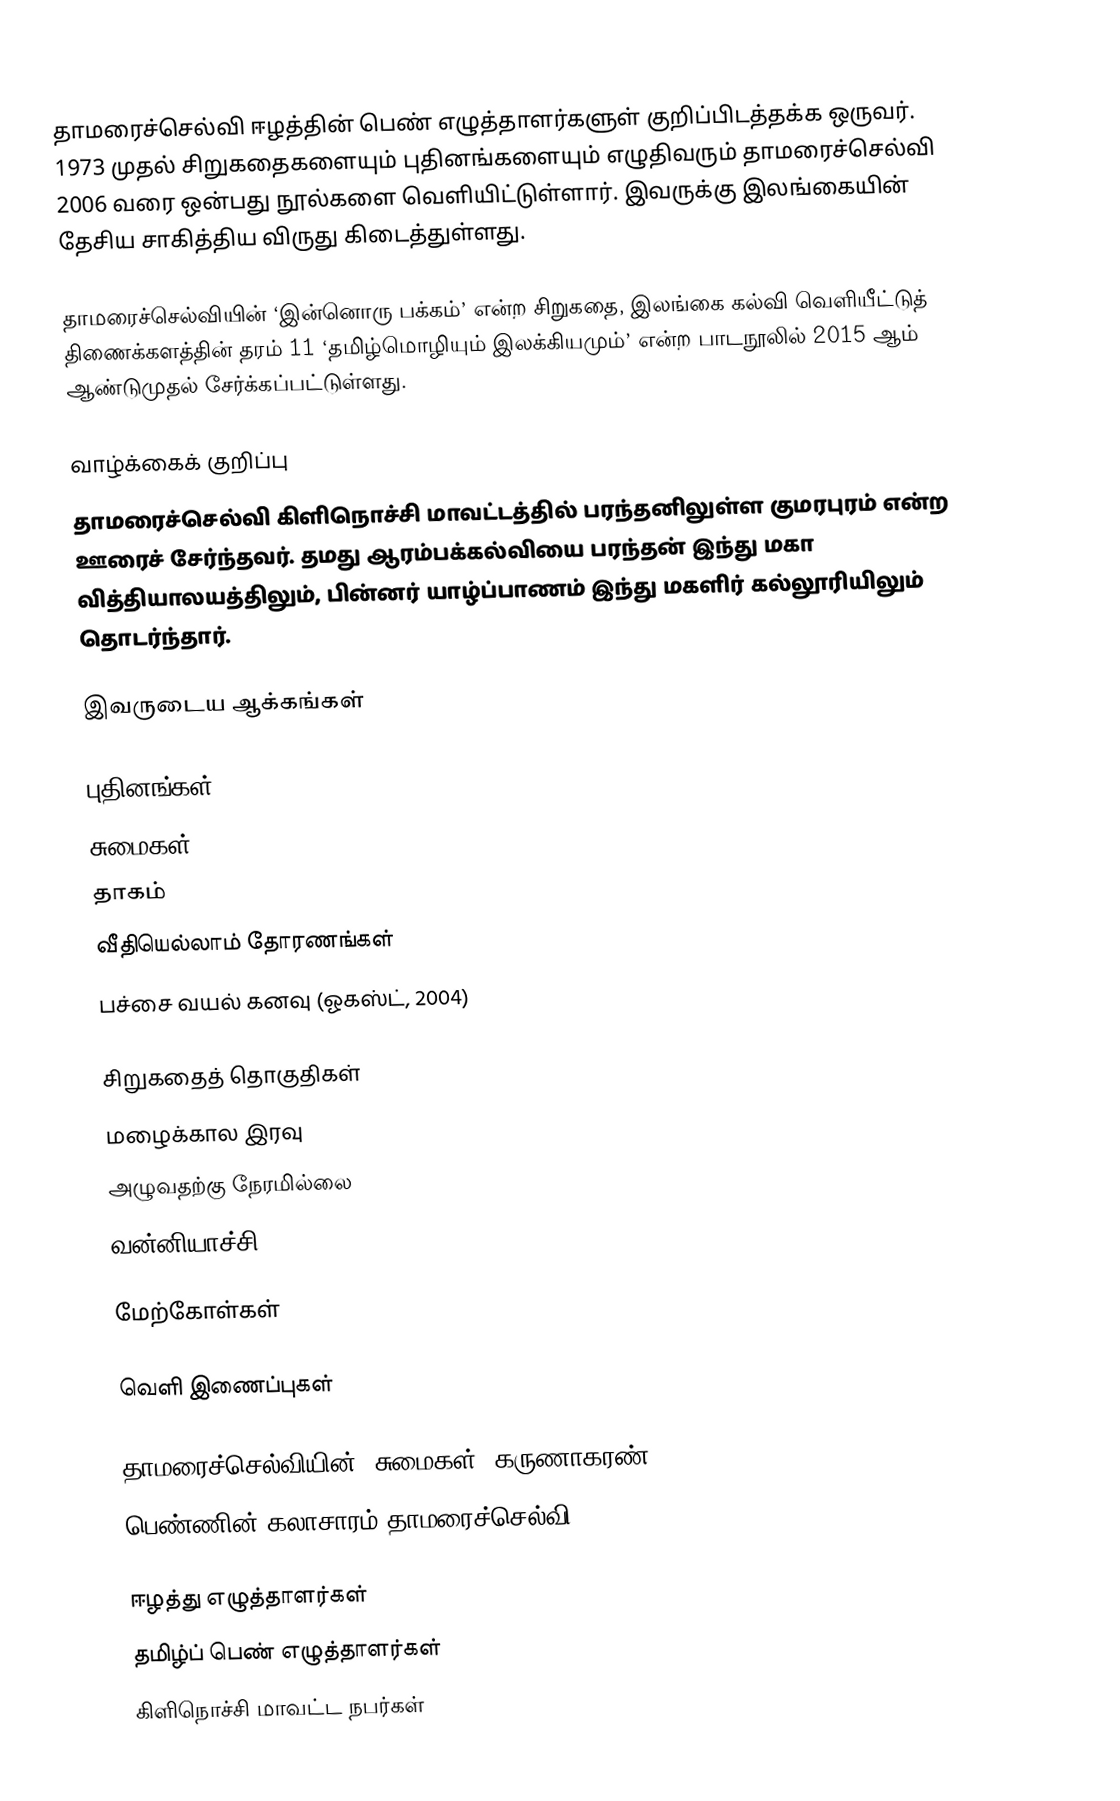
தாமரைச்செல்வி ஈழத்தின் பெண் எழுத்தாளர்களுள் குறிப்பிடத்தக்க ஒருவர். 1973 முதல் சிறுகதைகளையும் புதினங்களையும் எழுதிவரும் தாமரைச்செல்வி 2006 வரை ஒன்பது நூல்களை வெளியிட்டுள்ளார். இவருக்கு இலங்கையின் தேசிய சாகித்திய விருது கிடைத்துள்ளது.

தாமரைச்செல்வியின் ‘இன்னொரு பக்கம்’ என்ற சிறுகதை, இலங்கை கல்வி வெளியீட்டுத் திணைக்களத்தின் தரம் 11 ‘தமிழ்மொழியும் இலக்கியமும்’ என்ற பாடநூலில் 2015 ஆம் ஆண்டுமுதல் சேர்க்கப்பட்டுள்ளது.

வாழ்க்கைக் குறிப்பு
தாமரைச்செல்வி கிளிநொச்சி மாவட்டத்தில் பரந்தனிலுள்ள குமரபுரம் என்ற ஊரைச் சேர்ந்தவர். தமது  ஆரம்பக்கல்வியை  பரந்தன் இந்து மகா வித்தியாலயத்திலும், பின்னர் யாழ்ப்பாணம் இந்து மகளிர் கல்லூரியிலும் தொடர்ந்தார்.

இவருடைய ஆக்கங்கள்

புதினங்கள்
 சுமைகள்
 தாகம்
 வீதியெல்லாம் தோரணங்கள்
 பச்சை வயல் கனவு (ஓகஸ்ட், 2004)

சிறுகதைத் தொகுதிகள்
 மழைக்கால இரவு
 அழுவதற்கு நேரமில்லை
 வன்னியாச்சி (2005)

மேற்கோள்கள்

வெளி இணைப்புகள்

 தாமரைச்செல்வியின் ‘சுமைகள்” கருணாகரண்
 பெண்ணின் கலாசாரம் தாமரைச்செல்வி

ஈழத்து எழுத்தாளர்கள்
தமிழ்ப் பெண் எழுத்தாளர்கள்
கிளிநொச்சி மாவட்ட நபர்கள்